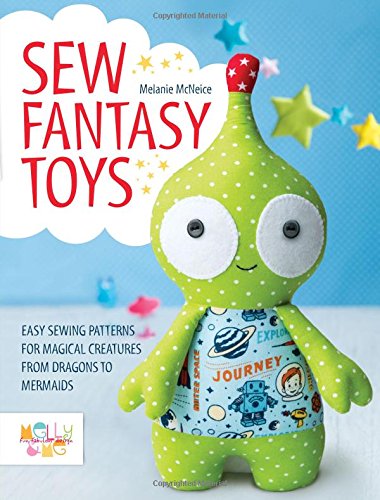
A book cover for Sew Fantasy Toys: 10 Sewing Patterns for Magical Creatures from Dragons to Mermaids; Melly McNeice; Crafts, Hobbies & Home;